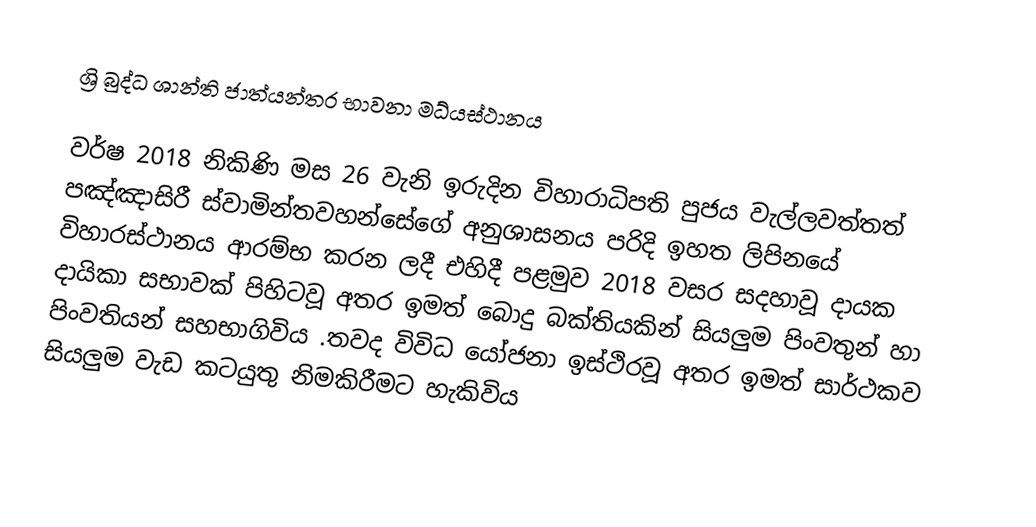
ශ්‍රි බුද්ධ ශාන්ති ජාත්යන්තර භාවනා මධ්යස්ථානය

වර්ෂ 2018 නිකිණි මස 26 වැනි ඉරුදින විහාරාධිපති  පුජය වැල්ලවත්තත් පඤ්ඤාසිරී ස්වාමින්තවහන්සේගේ  අනුශාසනය පරිදි  ඉහත ලිපිනයේ  විහාරස්ථානය ආරම්භ කරන ලදී එහිදී  පළමුව   2018 වසර සදහාවූ  දායක දායිකා සභාවක් පිහිටවූ අතර ඉමත් බොදු බක්තියකින් සියලුම පිංවතුන්  හා පිංවතියන්  සහභාගිවිය .තවද විවිධ යෝජනා ඉස්ථිරවූ  අතර ඉමත් සාර්ථකව සියලුම වැඩ කටයුතු නිමකිරීමට හැකිවිය